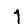
Digit: 1